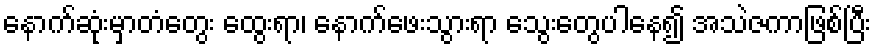
နောက်ဆုံးမှာတံတွေး ထွေးရာ၊ နောက်ဖေးသွားရာ သွေးတွေပါနေ၍ အသဲဇကာဖြစ်ပြီး